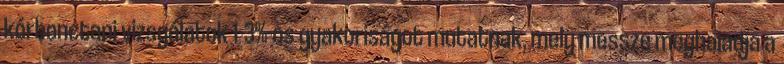
kórbonctani vizsgálatok 1-3%-os gyakoriságot mutatnak, mely messze meghaladja a